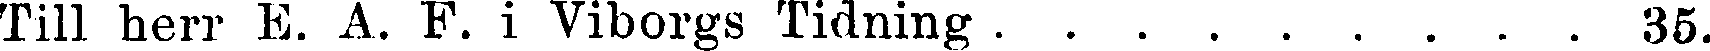
Till herr E. A. F. i Viborgs Tidning . . . . . . . . . 35.